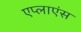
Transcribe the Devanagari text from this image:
एप्लाएंस